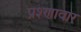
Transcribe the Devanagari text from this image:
प्रश्णावार